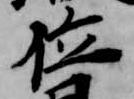
位